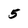
Character: 5